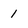
Character: 1